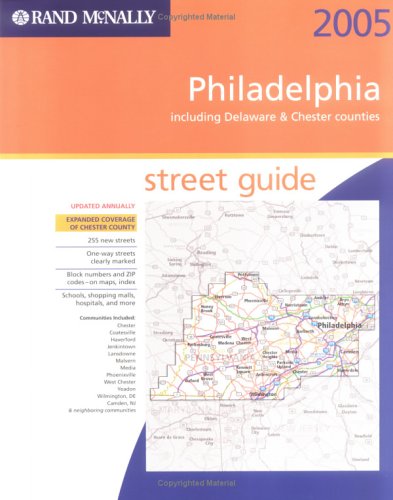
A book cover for Rand McNally 2005 Philadelphia: Including Delaware & Chester Counties, Street Guide (Rand McNally Philadelphia Street Guide: Including Delaware & Chester); Travel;